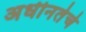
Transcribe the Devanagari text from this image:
अधीनतेचे